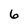
Character: 6